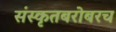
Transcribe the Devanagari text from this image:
संस्कृतबरोबरच